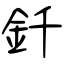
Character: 釺